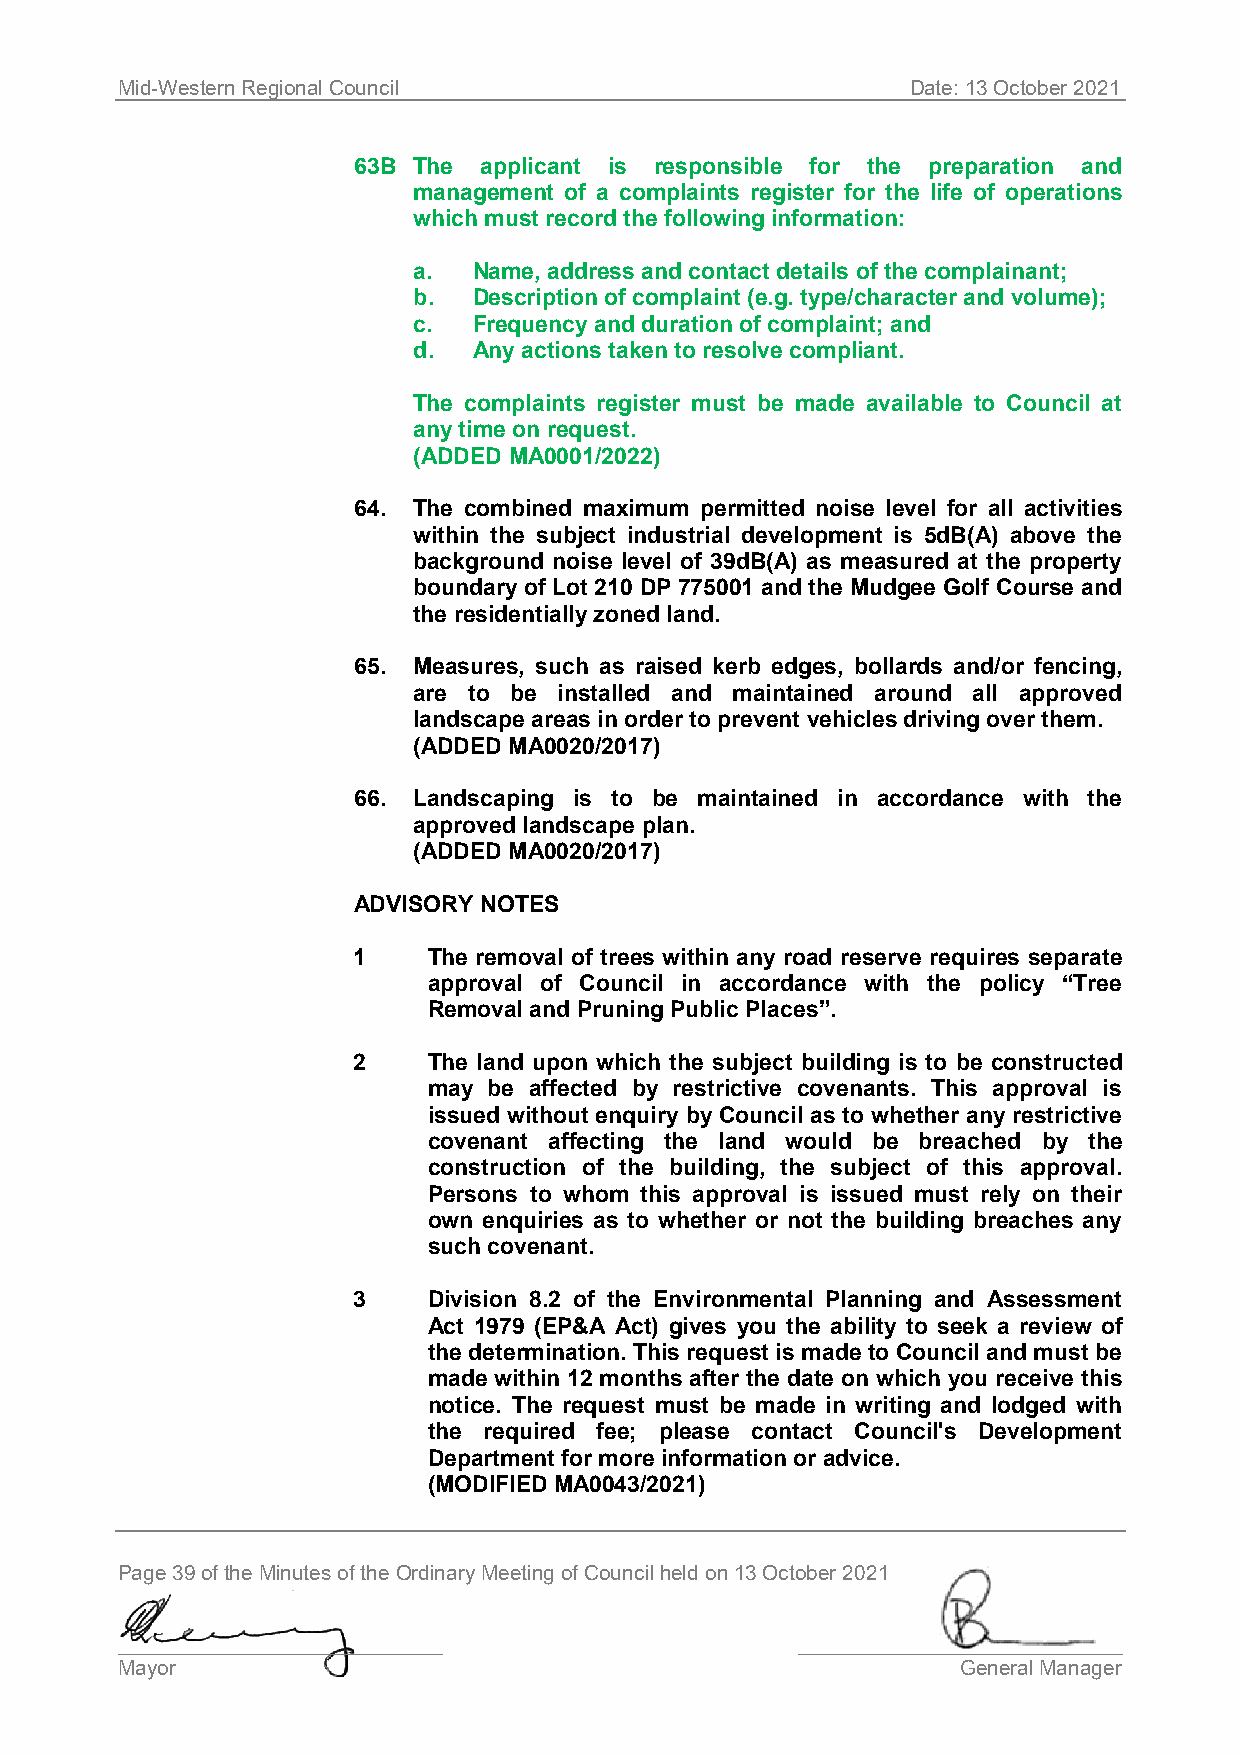
Mid-Western Regional Council                        Date: 13 October 2021
 63B The  applicant is responsible for the preparation and
 management of a complaints register for the life of operations
 which must record the following information:
 a.  Name, address and contact details of the complainant;
 b.  Description of complaint (e.g. type/character and volume);
 c.  Frequency and duration of complaint; and
 d.  Any actions taken to resolve compliant.
 The complaints register must be made available to Council at
 any time on request.
 (ADDED MA0001/2022)
 64. The combined maximum permitted noise level for all activities
 within the subject industrial development is 5dB(A) above the
 background noise level of 39dB(A) as measured at the property
 boundary of Lot 210 DP 775001 and the Mudgee Golf Course and
 the residentially zoned land.
 65. Measures, such as raised kerb edges, bollards and/or fencing,
 are to be installed and maintained around all approved
 landscape areas in order to prevent vehicles driving over them.
 (ADDED MA0020/2017)
 66. Landscaping is to be maintained in accordance with the
 approved landscape plan.
 (ADDED MA0020/2017)
 ADVISORY NOTES
 1    The removal of trees within any road reserve requires separate
 approval of Council in accordance with the policy “Tree
 Removal and Pruning Public Places”.
 2    The land upon which the subject building is to be constructed
 may be affected by restrictive covenants. This approval is
 issued without enquiry by Council as to whether any restrictive
 covenant affecting the land would be breached by the
 construction of the building, the subject of this approval.
 Persons to whom this approval is issued must rely on their
 own enquiries as to whether or not the building breaches any
 such covenant.
 3    Division 8.2 of the Environmental Planning and Assessment
 Act 1979 (EP&A Act) gives you the ability to seek a review of
 the determination. This request is made to Council and must be
 made within 12 months after the date on which you receive this
 notice. The request must be made in writing and lodged with
 the required fee; please contact Council's Development
 Department for more information or advice.
 (MODIFIED MA0043/2021)
 Page 39 of the Minutes of the Ordinary Meeting of Council held on 13 October 2021
 ____________________________                 ____________________________
 Mayor                                                   General Manager